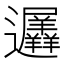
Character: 𮟨